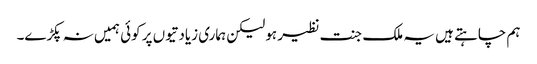
ہم چاہتے ہیں یہ ملک جنت نظیر ہو لیکن ہماری زیادتیوں پر کوئی ہمیں نہ پکڑے۔